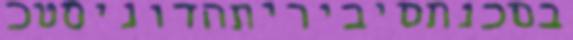
בסכנתסיביריתהדוניסטכ